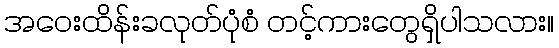
အဝေးထိန်းခလုတ်ပုံစံ တင့်ကားတွေရှိပါသလား။